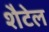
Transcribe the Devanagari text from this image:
शैटेल